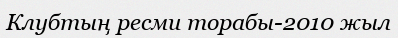
Клубтың ресми торабы-2010 жыл